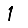
Digit: 1